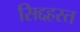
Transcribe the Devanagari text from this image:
सिद्दहस्त